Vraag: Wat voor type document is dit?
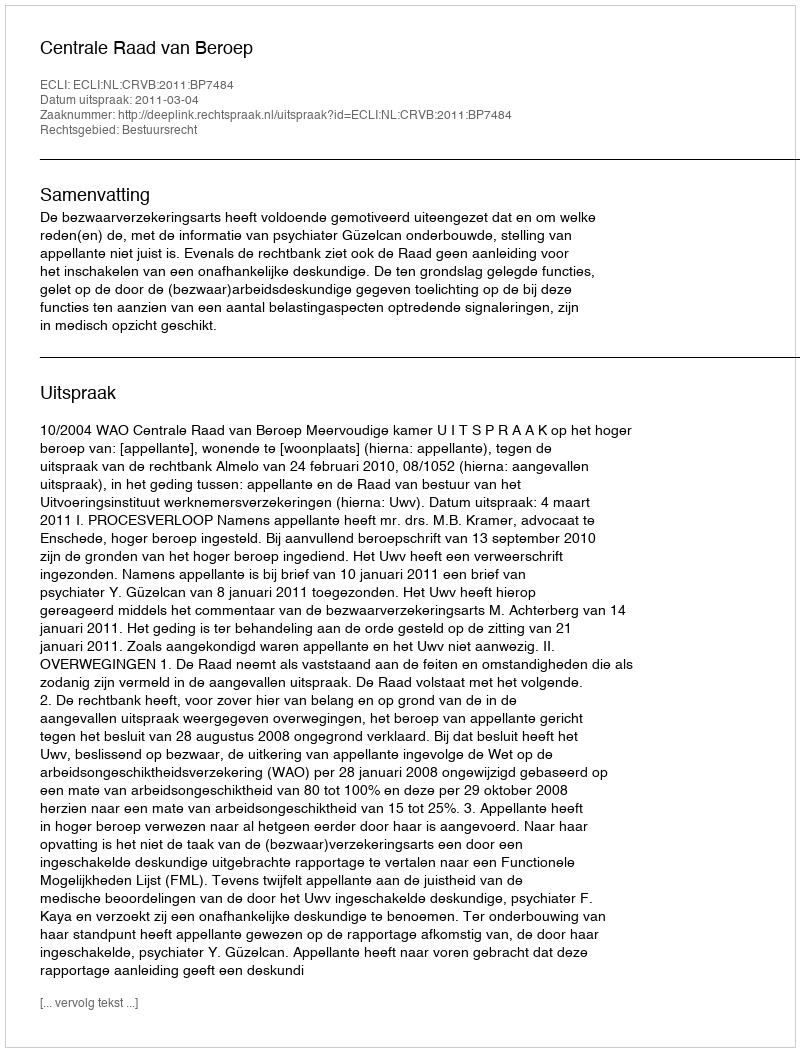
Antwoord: Uitspraak